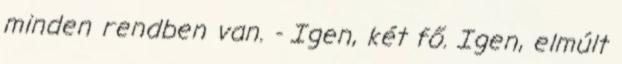
minden rendben van. - Igen, két fő. Igen, elmúlt